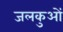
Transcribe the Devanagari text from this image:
जलकुओं